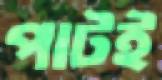
পাটই